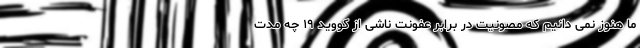
ما هنوز نمی دانیم که مصونیت در برابر عفونت ناشی از کووید ۱۹ چه مدت